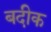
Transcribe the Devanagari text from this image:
बदीक